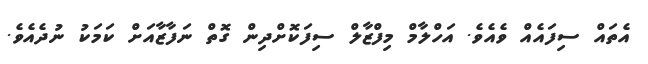
އެތައް ސިފައެއް ވެއެވެ. އަހްލާމް މިފްޒާލް ސިފަކޮށްދިން ގޮތް ނަފާޒާއަށް ކަމަކު ނުދެއެވެ.